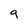
Character: q